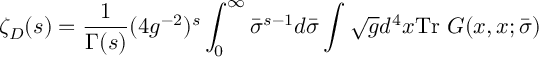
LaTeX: \zeta _ { D } ( s ) = \frac { 1 } { \Gamma ( s ) } ( 4 g ^ { - 2 } ) ^ { s } \int _ { 0 } ^ { \infty } \bar { \sigma } ^ { s - 1 } d \bar { \sigma } \int \sqrt { g } d ^ { 4 } x \mathrm { T r } ~ G ( x , x ; \bar { \sigma } )